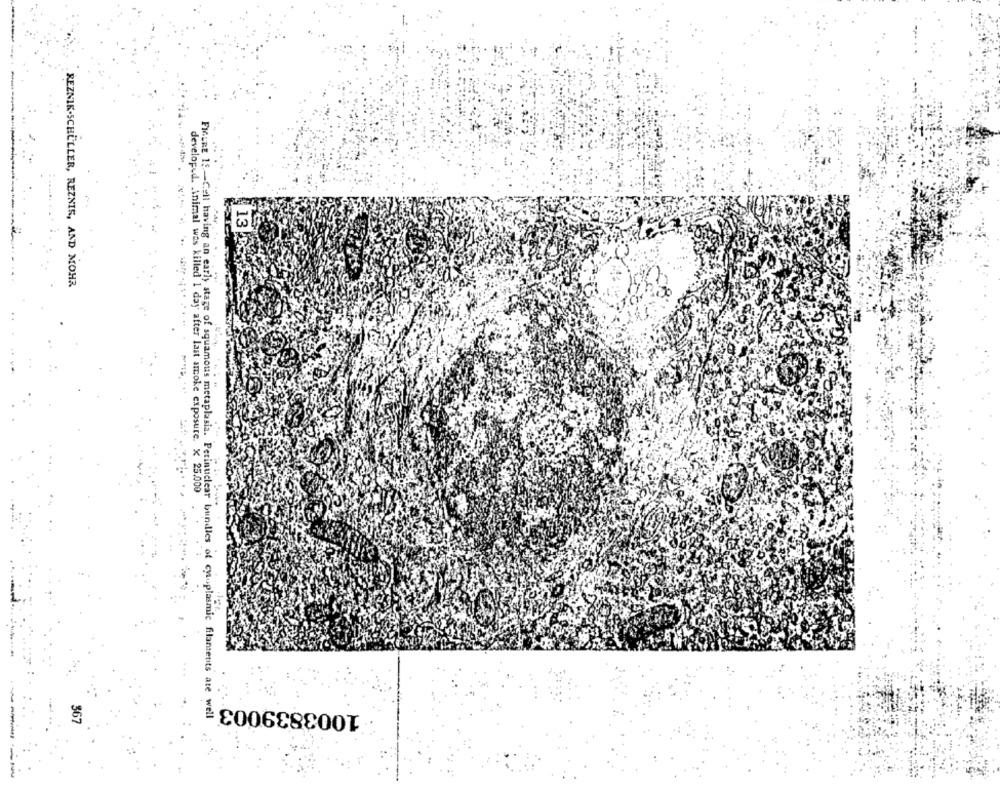
13
-
REZNIK.SCHÜLLER, REZNIK, AND MOHR
developed. Animal was killed 1 day after last smoke exposure. x 25.000
1003839003 ;
FIGURE 15 -Cell having an early stage of squamous metaplasia. Perinuclear bundles of cytuplasmic filantetits ate well
$67
-----